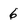
Character: 6